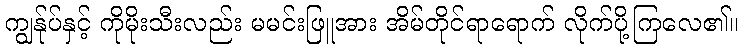
ကျွန်ုပ်နှင့် ကိုမိုးသီးလည်း မမင်းဖြူအား အိမ်တိုင်ရာရောက် လိုက်ပို့ကြလေ၏။